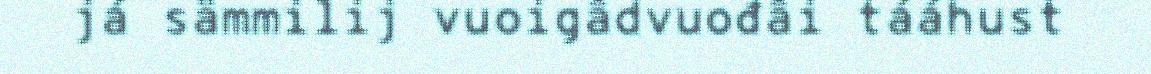
já sämmilij vuoigâdvuođâi tááhust